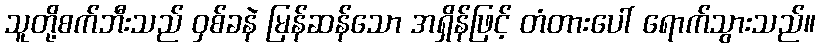
သူတို့စက်ဘီးသည် ဝှစ်ခနဲ မြန်ဆန်သော အရှိန်ဖြင့် တံတားပေါ် ရောက်သွားသည်။